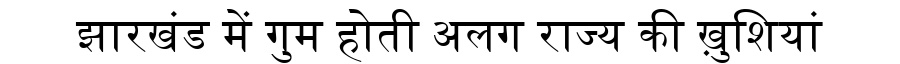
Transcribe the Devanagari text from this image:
झारखंड में गुम होती अलग राज्य की ख़ुशियां